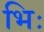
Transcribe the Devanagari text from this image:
भिः